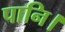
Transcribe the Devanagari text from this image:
पानि।